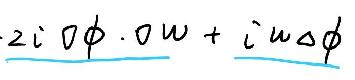
\[ - 2 i \partial\phi\cdot\partial\omega + i \omega\Delta\phi \]